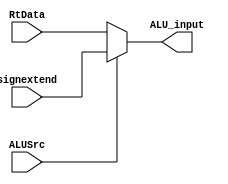
module mux32_bits_ALU(
	// Outputs
	output reg [31:0]ALU_input,
	// Inputs
	input wire [31:0]RtData,
	input wire [31:0]signextend,
	input wire ALUSrc
);
	
	always @ (*)
	begin
		if (ALUSrc== 1)ALU_input = signextend;
		else ALU_input = RtData;
	end
	
endmodule